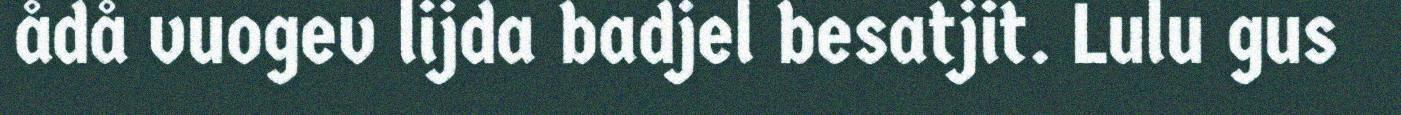
ådå vuogev lijda badjel besatjit. Lulu gus